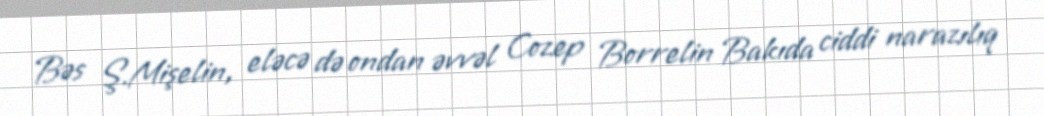
Bəs Ş.Mişelin, eləcə də ondan əvvəl Cozep Borrelin Bakıda ciddi narazılıq